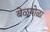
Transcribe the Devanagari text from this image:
बेळगोळा